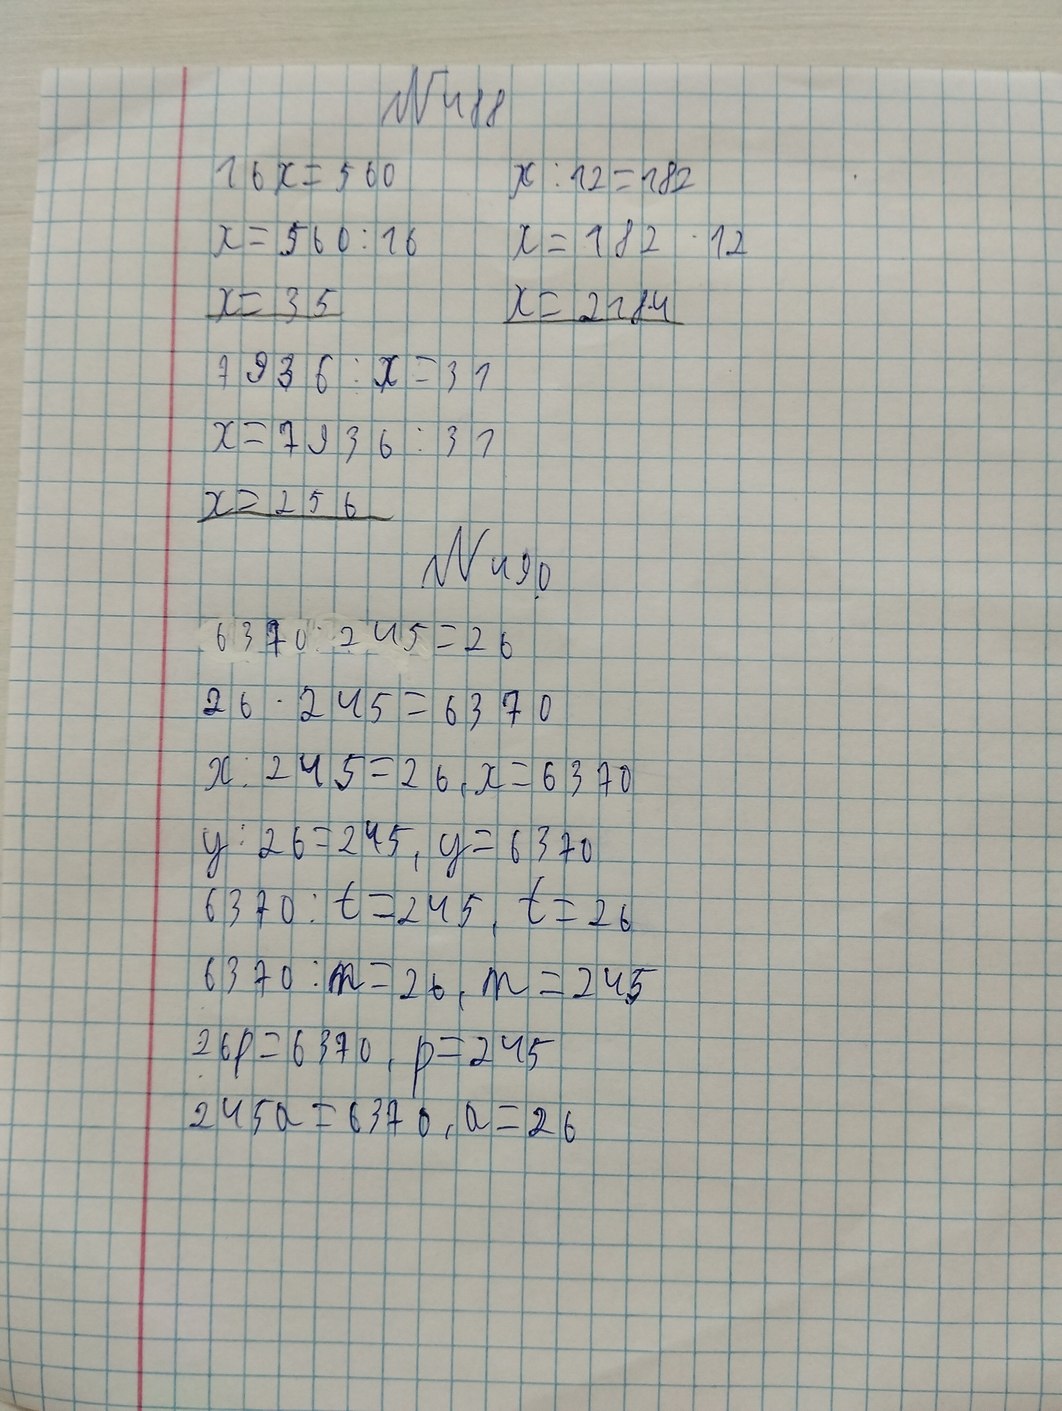
№ 488
16x = 560
x : 12 = 182
x = 182 · 12
x = 560 : 16
x = 35
x = 218 ‧ 4
7936 : x = 31
x = 7936 : 31
x > 256
№ 490
6370 : 245 = 26
26 · 245 = 6370
x : 245 = 26, x = 6370
y : 26 = 245, y = 6370
6370 : t = 245, t = 26
6370 : m = 26, m = 245
26p=6370, p=245
245a = 6370, a = 26